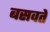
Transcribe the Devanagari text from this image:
बसवते